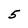
Character: 5